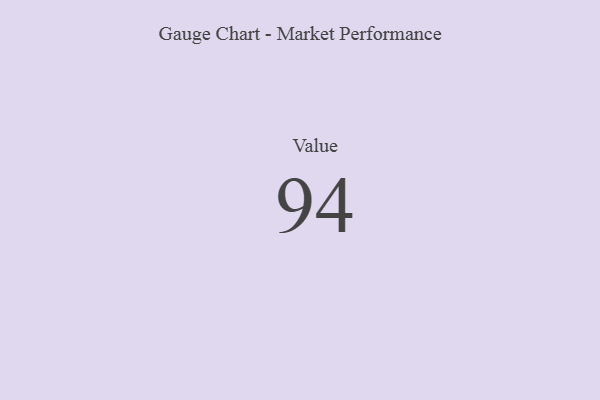
{"axis": {"x": "Metric", "y": "Value"}, "legend": [""], "data": [{"x": "Value", "y": 94, "type": ""}]}